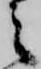
之